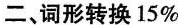
二、词形转换15%